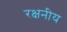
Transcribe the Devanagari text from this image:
रक्षनीय